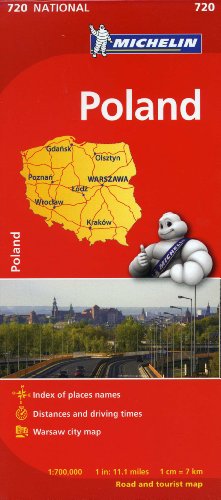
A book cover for Michelin Poland Map 720 (Maps/Country (Michelin)); Michelin Travel & Lifestyle; Travel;